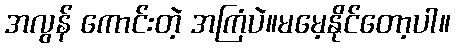
အလွန် ကောင်းတဲ့ အကြံပဲ။မမေ့နိုင်တော့ပါ။